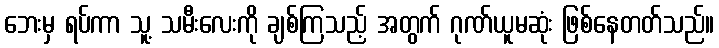
ဘေးမှ ရပ်ကာ သူ့ သမီးလေးကို ချစ်ကြသည့် အတွက် ဂုဏ်ယူမဆုံး ဖြစ်နေတတ်သည်။